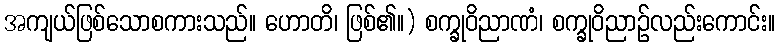
အကျယ်ဖြစ်သောစကားသည်။ ဟောတိ၊ ဖြစ်၏။) စက္ခုဝိညာဏံ၊ စက္ခုဝိညာဉ်လည်းကောင်း။